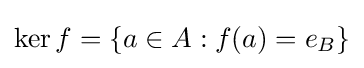
\operatorname {ker} f=\{a\in A:f(a)=e_{B}\}